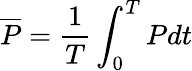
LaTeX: \overline{{P}}=\frac{1}{T}\int_{0}^{T}Pdt